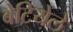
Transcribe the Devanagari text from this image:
बेटियेले